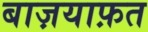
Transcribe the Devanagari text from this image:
बाज़याफ़त